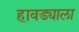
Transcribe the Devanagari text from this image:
हावड्याला